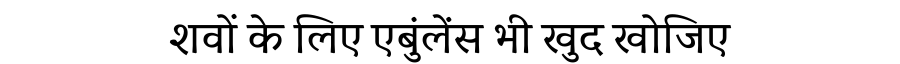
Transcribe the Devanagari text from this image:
शवों के लिए एबुंलेंस भी खुद खोजिए